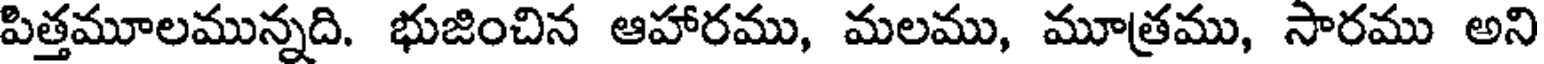
పిత్తమూలమున్నది. భుజించిన ఆహారము, మలము, మూత్రము, సారము అని